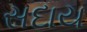
સદાય